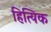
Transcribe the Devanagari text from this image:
हित्यिक